Proceedings of the meeting of veterinary officers in India
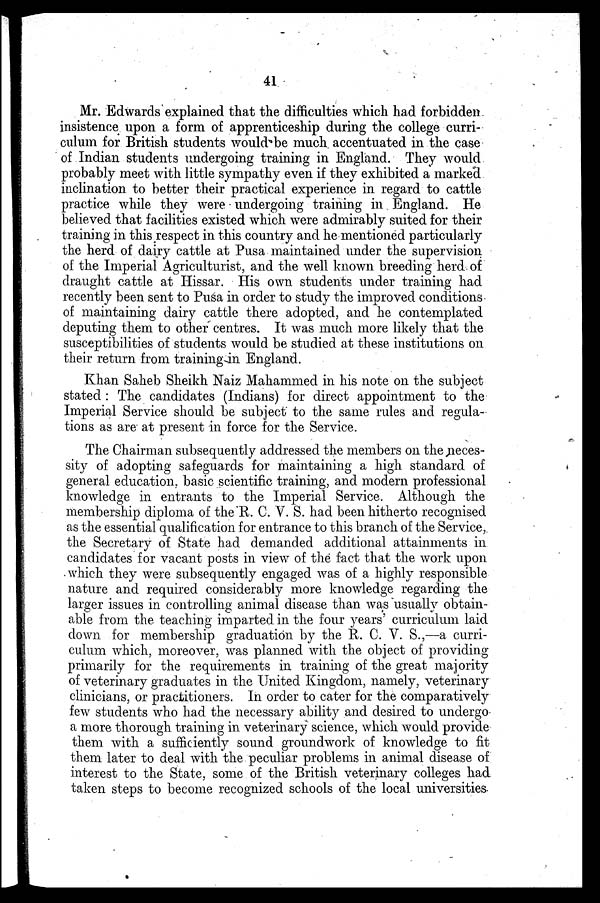
41
Mr. Edwards explained that the difficulties which had forbidden
insistence upon a form of apprenticeship during the college curri-
culum for British students would be much accentuated in the case
of Indian students undergoing training in England. They would
probably meet with little sympathy even if they exhibited a marked
inclination to better their practical experience in regard to cattle
practice while they were undergoing training in England. He
believed that facilities existed which were admirably suited for their
training in this respect in this country and he mentioned particularly
the herd of dairy cattle at Pusa maintained under the supervision
of the Imperial Agriculturist, and the well known breeding herd of
draught cattle at Hissar. His own students under training had
recently been sent to Pusa in order to study the improved conditions
of maintaining dairy cattle there adopted, and he contemplated
deputing them to other centres. It was much more likely that the
susceptibilities of students would be studied at these institutions on
their return from training in England.
Khan Saheb Sheikh Naiz Mahammed in his note on the subject
stated: The candidates (Indians) for direct appointment to the
Imperial Service should be subject to the same rules and regula-
tions as are at present in force for the Service.
The Chairman subsequently addressed the members on the neces-
sity of adopting safeguards for maintaining a high standard of
general education, basic scientific training, and modern professional
knowledge in entrants to the Imperial Service. Although the
membership diploma of the R. C. V. S. had been hitherto recognised
as the essential qualification for entrance to this branch of the Service,
the Secretary of State had demanded additional attainments in
candidates for vacant posts in view of the fact that the work upon
which they were subsequently engaged was of a highly responsible
nature and required considerably more knowledge regarding the
larger issues in controlling animal disease than was usually obtain-
able from the teaching imparted in the four years' curriculum laid
down for membership graduation by the R. C. V. S.,—a curri-
culum which, moreover, was planned with the object of providing
primarily for the requirements in training of the great majority
of veterinary graduates in the United Kingdom, namely, veterinary
clinicians, or practitioners. In order to cater for the comparatively
few students who had the necessary ability and desired to undergo
a more thorough training in veterinary science, which would provide
them with a sufficiently sound groundwork of knowledge to fit
them later to deal with the peculiar problems in animal disease of
interest to the State, some of the British veterinary colleges had
taken steps to become recognized schools of the local universities